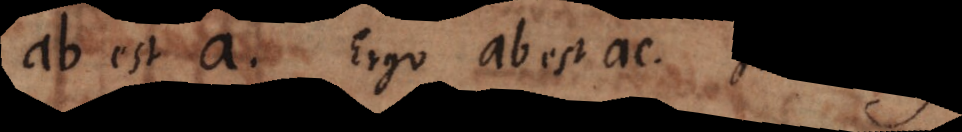
ab est a. Ergo ab est ac